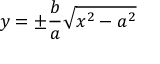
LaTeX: y = \pm { \frac { b } { a } } { \sqrt { x ^ { 2 } - a ^ { 2 } } }